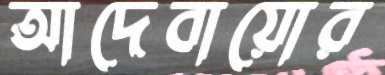
আদেবায়োর